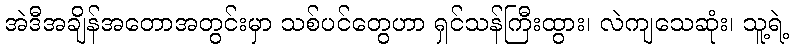
အဲဒီအချိန်အတောအတွင်းမှာ သစ်ပင်တွေဟာ ရှင်သန်ကြီးထွား၊ လဲကျသေဆုံး၊ သူ့ရဲ့